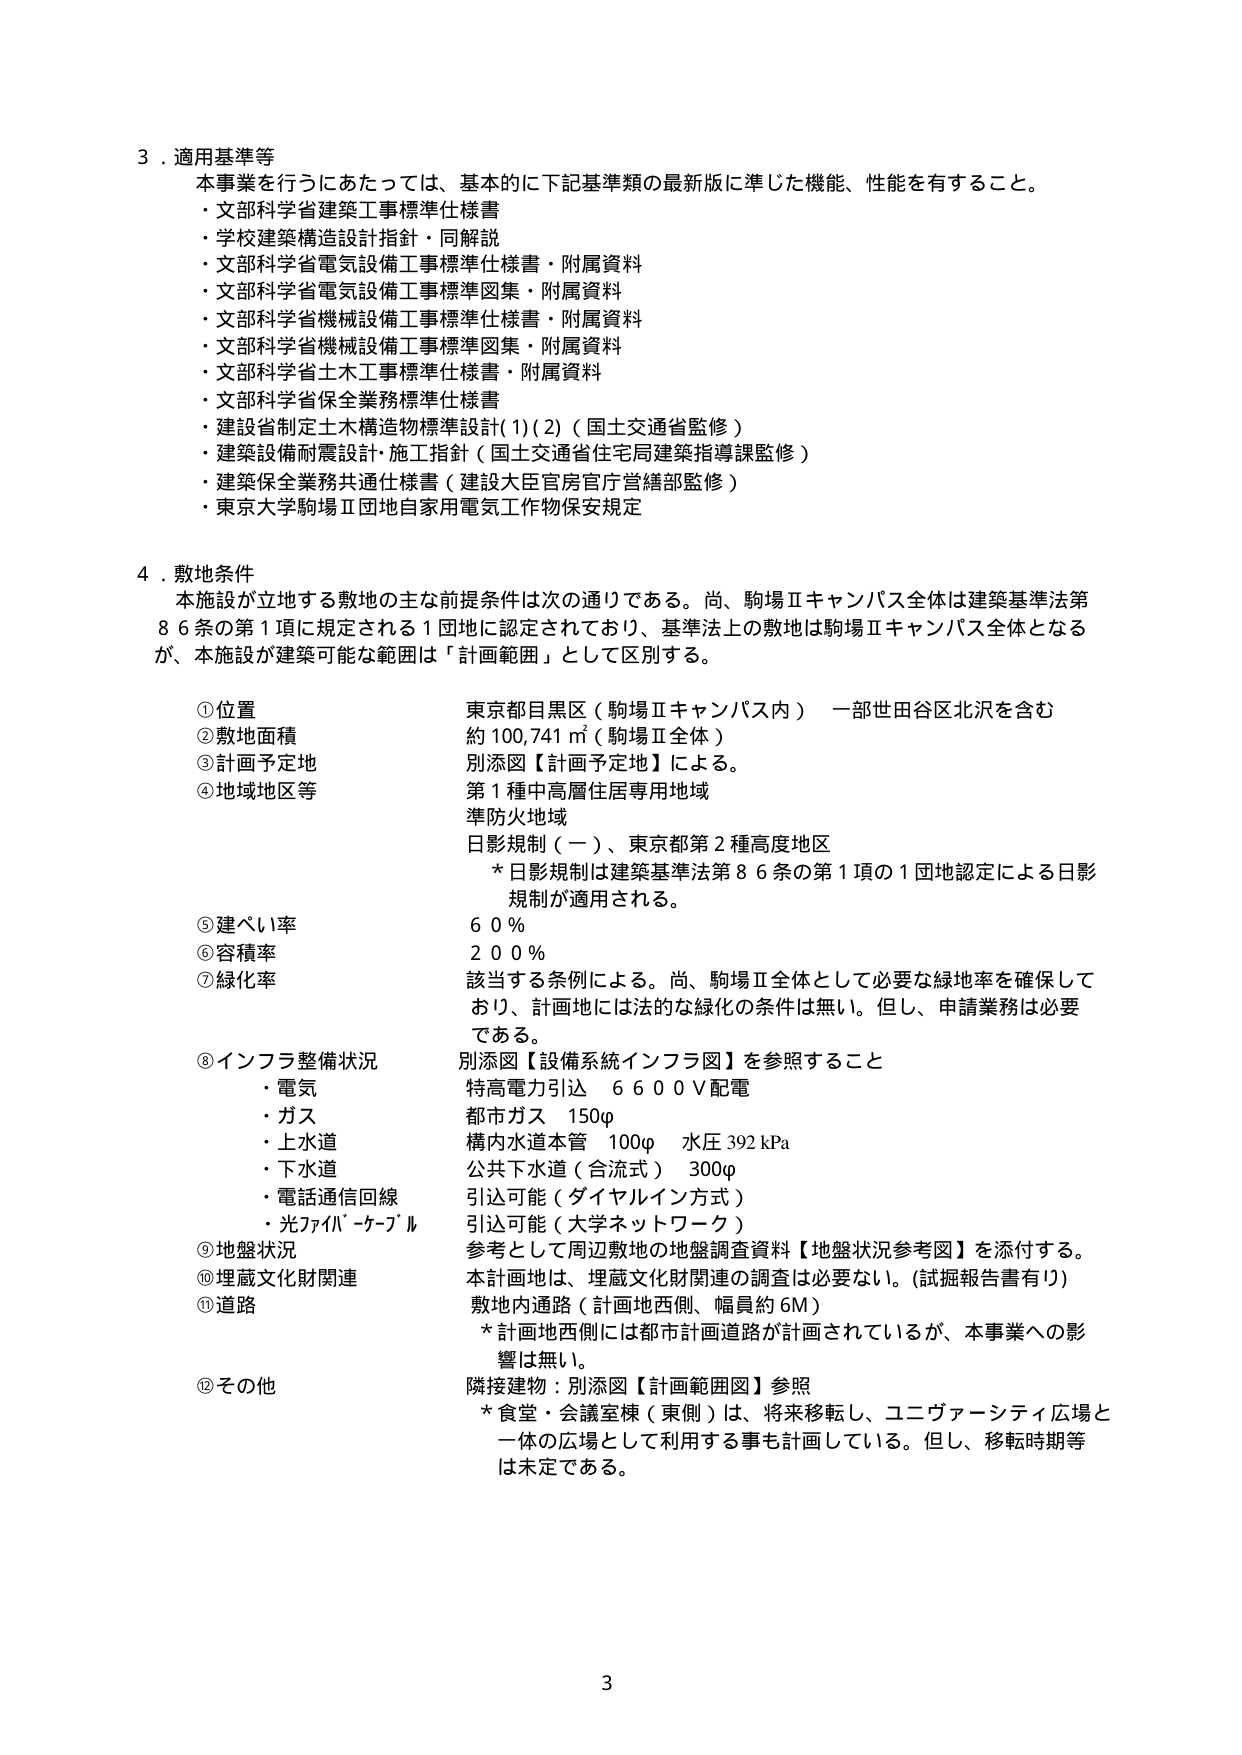
3．適用基準等
本事業を行うにあたっては、基本的に下記基準類の最新版に準じた機能、性能を有すること。
・文部科学省建築工事標準仕様書
・学校建築構造設計指針・同解説
・文部科学省電気設備工事標準仕様書・附属資料
・文部科学省電気設備工事標準図集・附属資料
・文部科学省機械設備工事標準仕様書・附属資料
・文部科学省機械設備工事標準図集・附属資料
・文部科学省土木工事標準仕様書・附属資料
・文部科学省保全業務標準仕様書
・建設省制定土木構造物標準設計(1)(2)（国土交通省監修）
・建築設備耐震設計・施工指針（国土交通省住宅局建築指導課監修）
・建築保全業務共通仕様書（建設大臣官房官庁営繕部監修）
・東京大学駒場Ⅱ団地自家用電気工作物保安規定

4．敷地条件
本施設が立地する敷地の主な前提条件は次の通りである。尚、駒場Ⅱキャンパス全体は建築基準法第86条の第1項に規定される1団地に認定されており、基準法上の敷地は駒場Ⅱキャンパス全体となるが、本施設が建築可能な範囲は「計画範囲」として区別する。

①位置
東京都目黒区（駒場Ⅱキャンパス内） 一部世田谷区北沢を含む
②敷地面積
約100,741㎡（駒場Ⅱ全体）
③計画予定地
別添図【計画予定地】による。
④地域地区等
第1種中高層住居専用地域
準防火地域
日影規制（一）、東京都第2種高度地区
　*日影規制は建築基準法第86条の第1項の1団地認定による日影規制が適用される。
⑤建ぺい率
60％
⑥容積率
200％
⑦緑化率
該当する条例による。尚、駒場Ⅱ全体として必要な緑地率を確保しており、計画地には法的な緑化の条件は無い。但し、申請業務は必要である。
⑧インフラ整備状況
別添図【設備系統インフラ図】を参照すること
　・電気
　　特高電力引込 6600V配電
　・ガス
　　都市ガス 150φ
　・上水道
　　構内水道本管 100φ 水圧392kPa
　・下水道
　　公共下水道（合流式） 300φ
　・電話通信回線
　　引込可能（ダイヤルイン方式）
　・光ファイバーケーブル
　　引込可能（大学ネットワーク）
⑨地盤状況
参考として周辺敷地の地盤調査資料【地盤状況参考図】を添付する。
⑩埋蔵文化財関連
本計画地は、埋蔵文化財関連の調査は必要ない。（試掘報告書有り）
⑪道路
敷地内通路（計画地西側、幅員約6M）
　*計画地西側には都市計画道路が計画されているが、本事業への影響は無い。
⑫その他
隣接建物：別添図【計画範囲図】参照
　*食堂・会議室棟（東側）は、将来移転し、ユニヴァーシティ広場と一体の広場として利用する事も計画している。但し、移転時期等は未定である。

3